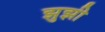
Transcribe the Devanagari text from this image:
झुझी